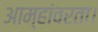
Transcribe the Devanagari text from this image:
आम्हांवरता।